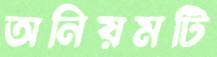
অনিয়মটি